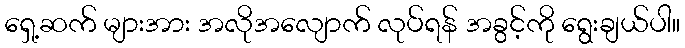
ရှေ့ဆက် များအား အလိုအလျောက် လုပ်ရန် အခွင့်ကို ရွေးချယ်ပါ။